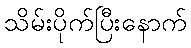
သိမ်းပိုက်ပြီးနောက်